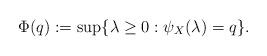
LaTeX: \begin{align*}\Phi(q) := \sup \{ \lambda \geq 0: \psi_X(\lambda) = q\} . \end{align*}